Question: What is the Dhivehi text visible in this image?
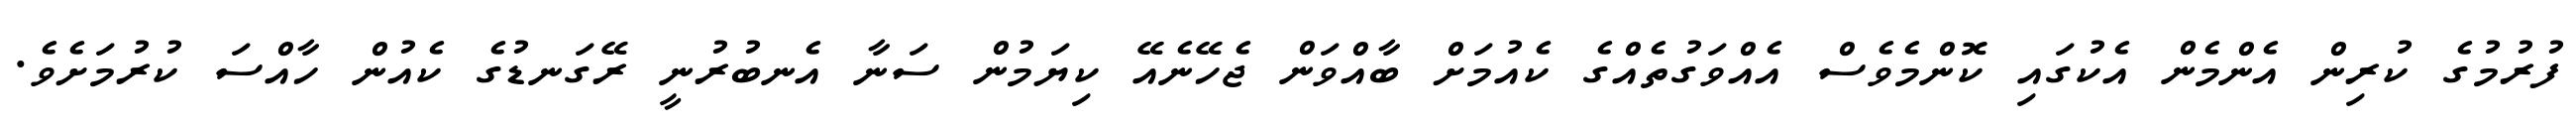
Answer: ފުރުމުގެ ކުރިން އެންމެން އެކުގައި ކޮންމެވެސް އެއްވަގުތެއްގެ ކެއުމަށް ބާއްވަން ޖެހޭނެއޭ ކިޔަމުން ސަނާ އެނބުރުނީ ރޭގަނޑުގެ ކެއުން ހާއްސަ ކުރުމަށެވެ.